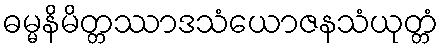
ဓမ္မနိမိတ္တဿာဒသံယောဇနသံယုတ္တံ